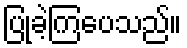
ပြုခဲ့ကြပေသည်။